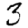
Digit: 3